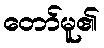
တော်မူ၏